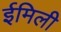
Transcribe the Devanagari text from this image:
ईमिली